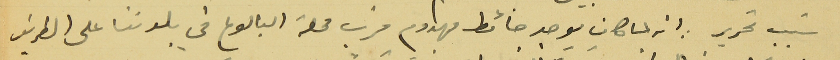
سَبب تحريره انه لما كان يوجد حائط مهدوم قرب محلة البالوع في بلدتنا على الطريق